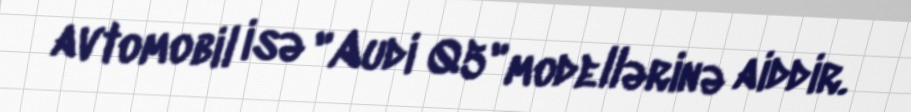
avtomobil isə "Audi Q5" modellərinə aiddir.